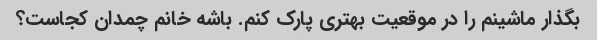
بگذار ماشینم را در موقعیت بهتری پارک کنم. باشه خانم چمدان کجاست؟